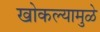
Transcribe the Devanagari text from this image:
खोकल्यामुळे